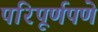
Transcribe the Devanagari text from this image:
परिपूर्णपणे